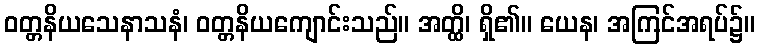
ဝတ္တနိယသေနာသနံ၊ ဝတ္တနိယကျောင်းသည်။ အတ္ထိ၊ ရှိ၏။ ယေန၊ အကြင်အရပ်၌။